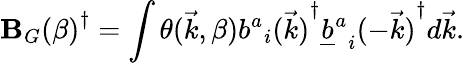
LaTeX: {\mathbf{B}_{G}(\beta)}^{\dagger}=\int\theta(\vec{{k}},\beta){{b^{a}}_{i}(\vec{{k}})}^{\dagger}{{{\underline{{{b}}}}^{a}}_{i}(-\vec{{k}})}^{\dagger}d\vec{{k}}.